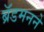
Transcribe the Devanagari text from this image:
ब्रॅडमनने